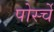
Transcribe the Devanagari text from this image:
पोर्स्चे